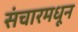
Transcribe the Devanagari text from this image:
संचारमधून